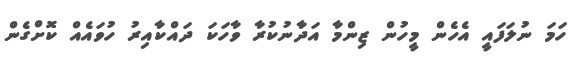
ހަމަ ނުލަފައީ އެހެން މީހުން ޒިންމާ އަދާނުކުރާ ވާހަކަ ދައްކާއިރު ހުވައެއް ކޮށްގެން